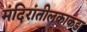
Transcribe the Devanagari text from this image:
मंदिरांतीलकाकडा